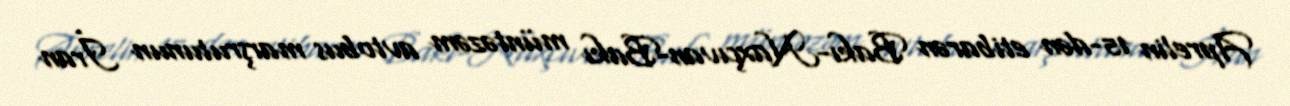
Aprelin 15-dən etibarən Bakı-Naxçıvan-Bakı müntəzəm avtobus marşrutunun İran